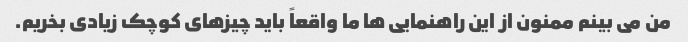
من می بینم ممنون از این راهنمایی ها ما واقعاً باید چیزهای کوچک زیادی بخریم.